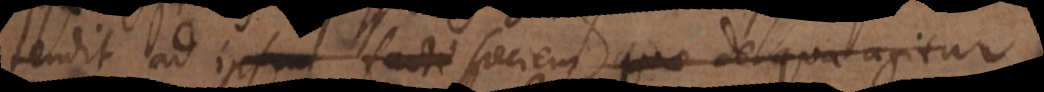
tendit ad ipsam speciem de qua agitur